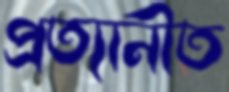
প্রত্যানীত